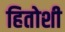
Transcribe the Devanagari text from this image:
हितोशी